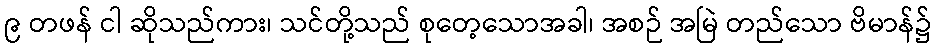
၉ တဖန် ငါ ဆိုသည်ကား၊ သင်တို့သည် စုတေ့သောအခါ၊ အစဉ် အမြဲ တည်သော ဗိမာန်၌